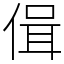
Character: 偮